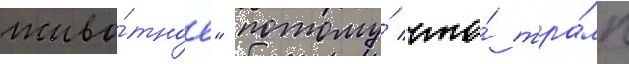
живо́тное" потому́ что́ тра́мп